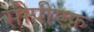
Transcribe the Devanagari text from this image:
सीपीएफ़